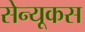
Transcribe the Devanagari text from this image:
सेन्यूकस